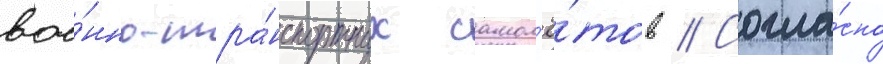
вое́нно-тра́нспортных самол'ё́тов // Согла́сно